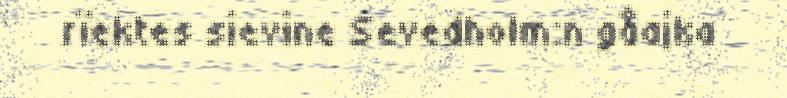
rïektes sievine Sevedholm:n gåajka